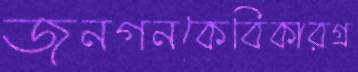
জনগনকেবিকারগ্র